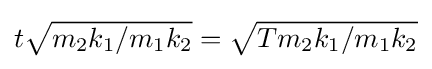
{\textstyle t{\sqrt {m_{2}k_{1}/m_{1}k_{2}}}={\sqrt {Tm_{2}k_{1}/m_{1}k_{2}}}}